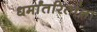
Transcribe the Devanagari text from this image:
धर्मांतरितांना